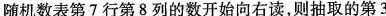
随机数表第7行第8列的数开始向右读，则抽取的第3